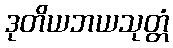
ဒုတိယဘယသုတ္တံ